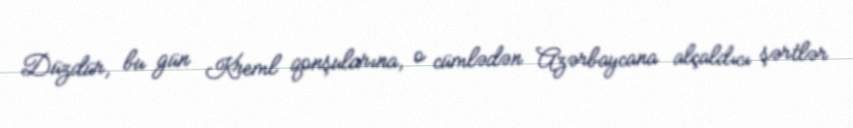
Düzdür, bu gün Kreml qonşularına, o cümlədən Azərbaycana alçaldıcı şərtlər